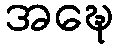
အဍ္ဎေ